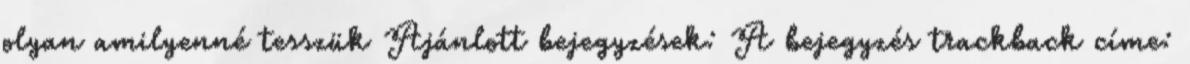
olyan amilyenné tesszük Ajánlott bejegyzések: A bejegyzés trackback címe: